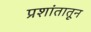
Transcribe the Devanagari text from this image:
प्रशांतातून